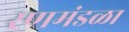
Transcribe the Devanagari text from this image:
रणमंडळा